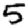
Digit: 5